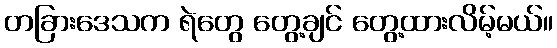
တခြားဒေသက ရဲတွေ တွေ့ချင် တွေ့ထားလိမ့်မယ်။